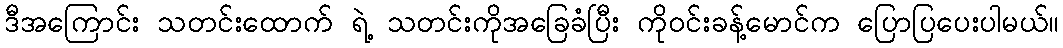
ဒီအကြောင်း သတင်းထောက် ရဲ့ သတင်းကိုအခြေခံပြီး ကိုဝင်းခန့်မောင်က ပြောပြပေးပါမယ်။